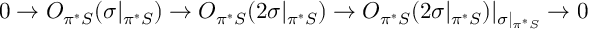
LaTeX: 0 \rightarrow { \cal O } _ { \pi ^ { * } { \cal S } } ( \sigma | _ { \pi ^ { * } { \cal S } } ) \rightarrow { \cal O } _ { \pi ^ { * } { \cal S } } ( 2 \sigma | _ { \pi ^ { * } { \cal S } } ) \rightarrow { \cal O } _ { \pi ^ { * } { \cal S } } ( 2 \sigma | _ { \pi ^ { * } { \cal S } } ) | _ { \sigma | _ { \pi ^ { * } { \cal S } } } \rightarrow 0